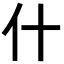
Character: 什